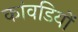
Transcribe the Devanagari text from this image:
कांवडियों